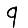
Digit: 9